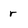
Character: r